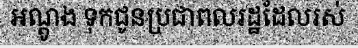
អណ្តូង ទុកជូនប្រជាពលរដ្ឋដែលរស់